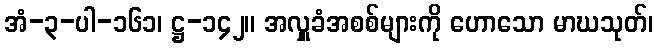
အံ-၃-ပါ-၁၆၁၊ ဋ္ဌ-၁၄၂။ အလှူခံအစစ်များကို ဟောသော မာဃသုတ်၊